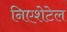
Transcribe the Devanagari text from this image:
निएशेटेल